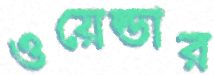
ওয়েল্ডার